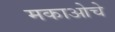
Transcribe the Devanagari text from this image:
मकाओचे